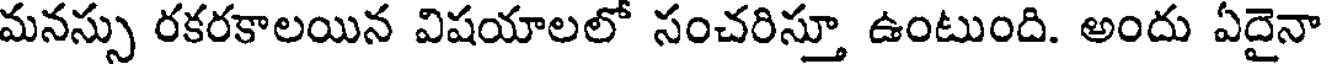
మనస్సు రకరకాలయిన విషయాలలో సంచరిస్తూ ఉంటుంది. అందు ఏదైనా